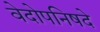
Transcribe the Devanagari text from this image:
वेदोपनिषदे